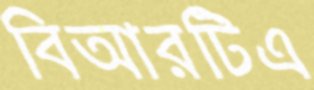
বিআরটিএ